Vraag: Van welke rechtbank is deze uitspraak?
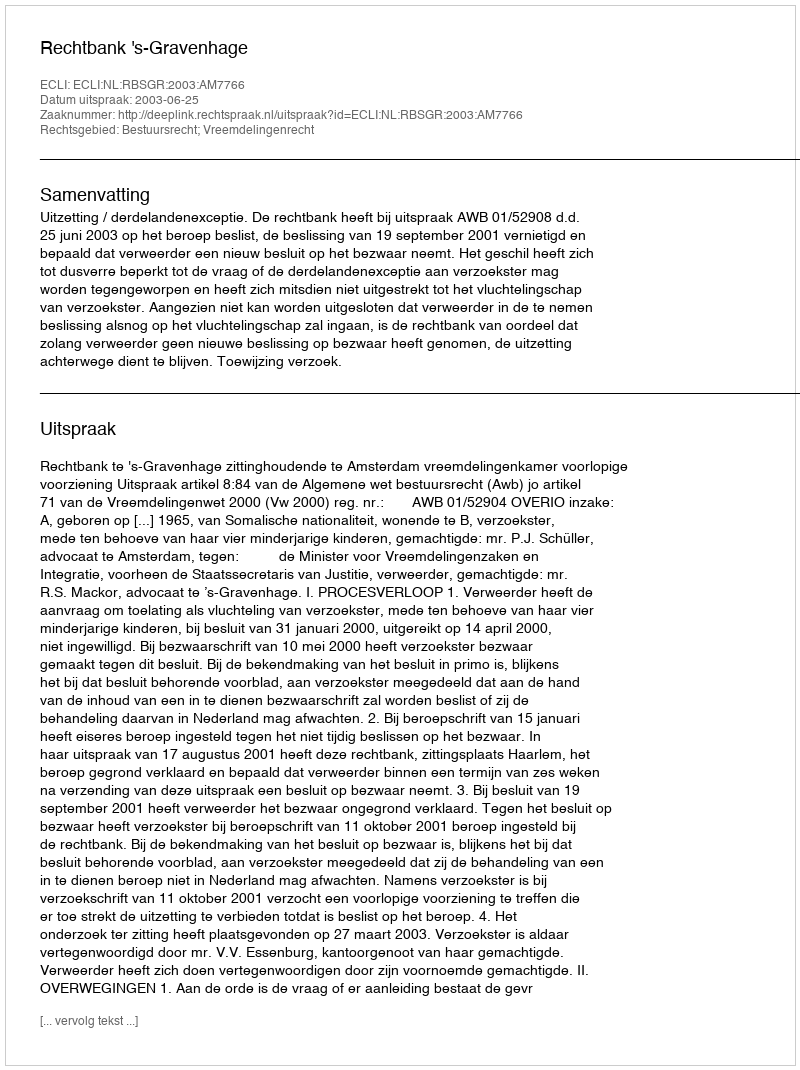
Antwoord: Rechtbank 's-Gravenhage